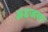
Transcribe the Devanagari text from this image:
अडजस्ट